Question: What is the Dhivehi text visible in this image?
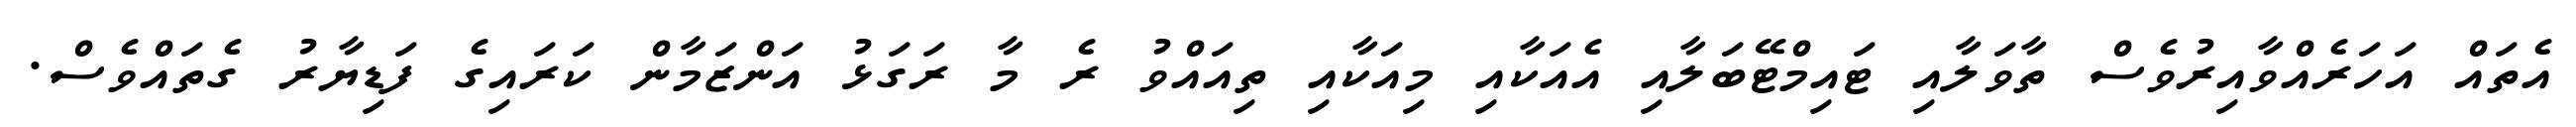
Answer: އެތައް އަހަރެއްވާއިރުވެސް ތާވަލާއި ޓައިމްޓޭބަލާއި އެއަކާއި މިއަކާއި ތިއައްވު ރެ މާ ރަގަޅު އަންޒަމާން ކަރައިގެ ފަޑިޔާރު ގެތައްވެސް.